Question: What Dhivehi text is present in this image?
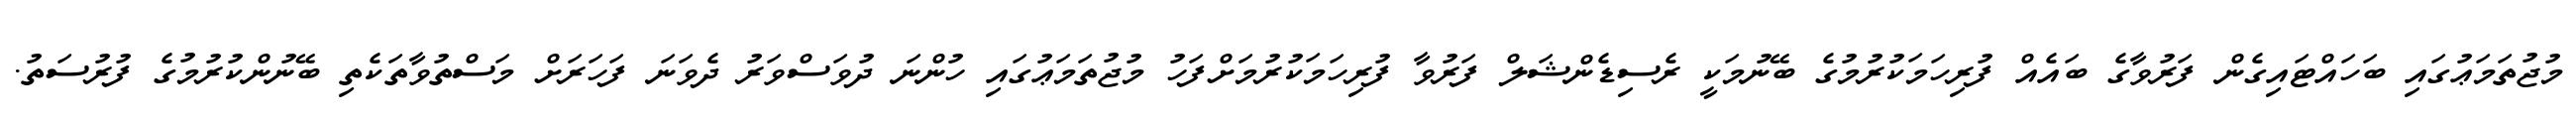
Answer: މުޖުތަމަޢުގައި ބަހައްޓައިގެން ފަރުވާގެ ބައެއް ފުރިހަމަކުރުމުގެ ބޭނުމަކީ ރެސިޑެންޝަލް ފަރުވާ ފުރިހަމަކުރުމަށްފަހު މުޖުތަމަޢުގައި ހުންނަ ދުވަސްވަރު ދެވަނަ ފަހަރަށް މަސްތުވާތަކެތި ބޭނުންކުރުމުގެ ފުރުސަތު.